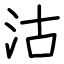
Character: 沽